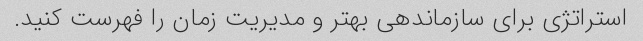
استراتژی برای سازماندهی بهتر و مدیریت زمان را فهرست کنید.